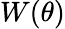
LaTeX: W(\theta)